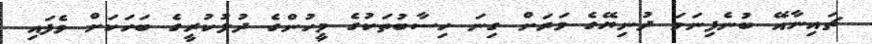
ޗައިނާއޭ ބުނެފިނަމަ ދުނިޔޭގެ ވަރަށް ގިނަ ހިސާބުތަކުގެ މީހުންގެ ދުލުކުރީގެ ބަހަކަށް ވެފައި